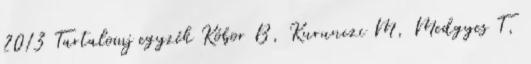
2013 Tartalomj egyzék Kóbor B, Kurunczi M, Medgyes T,